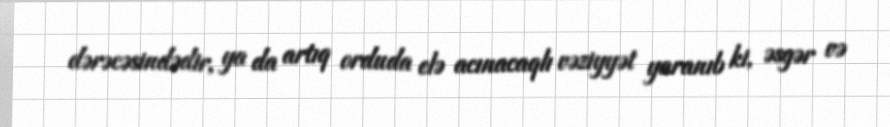
dərəcəsindədir, ya da artıq orduda elə acınacaqlı vəziyyət yaranıb ki, əsgər və